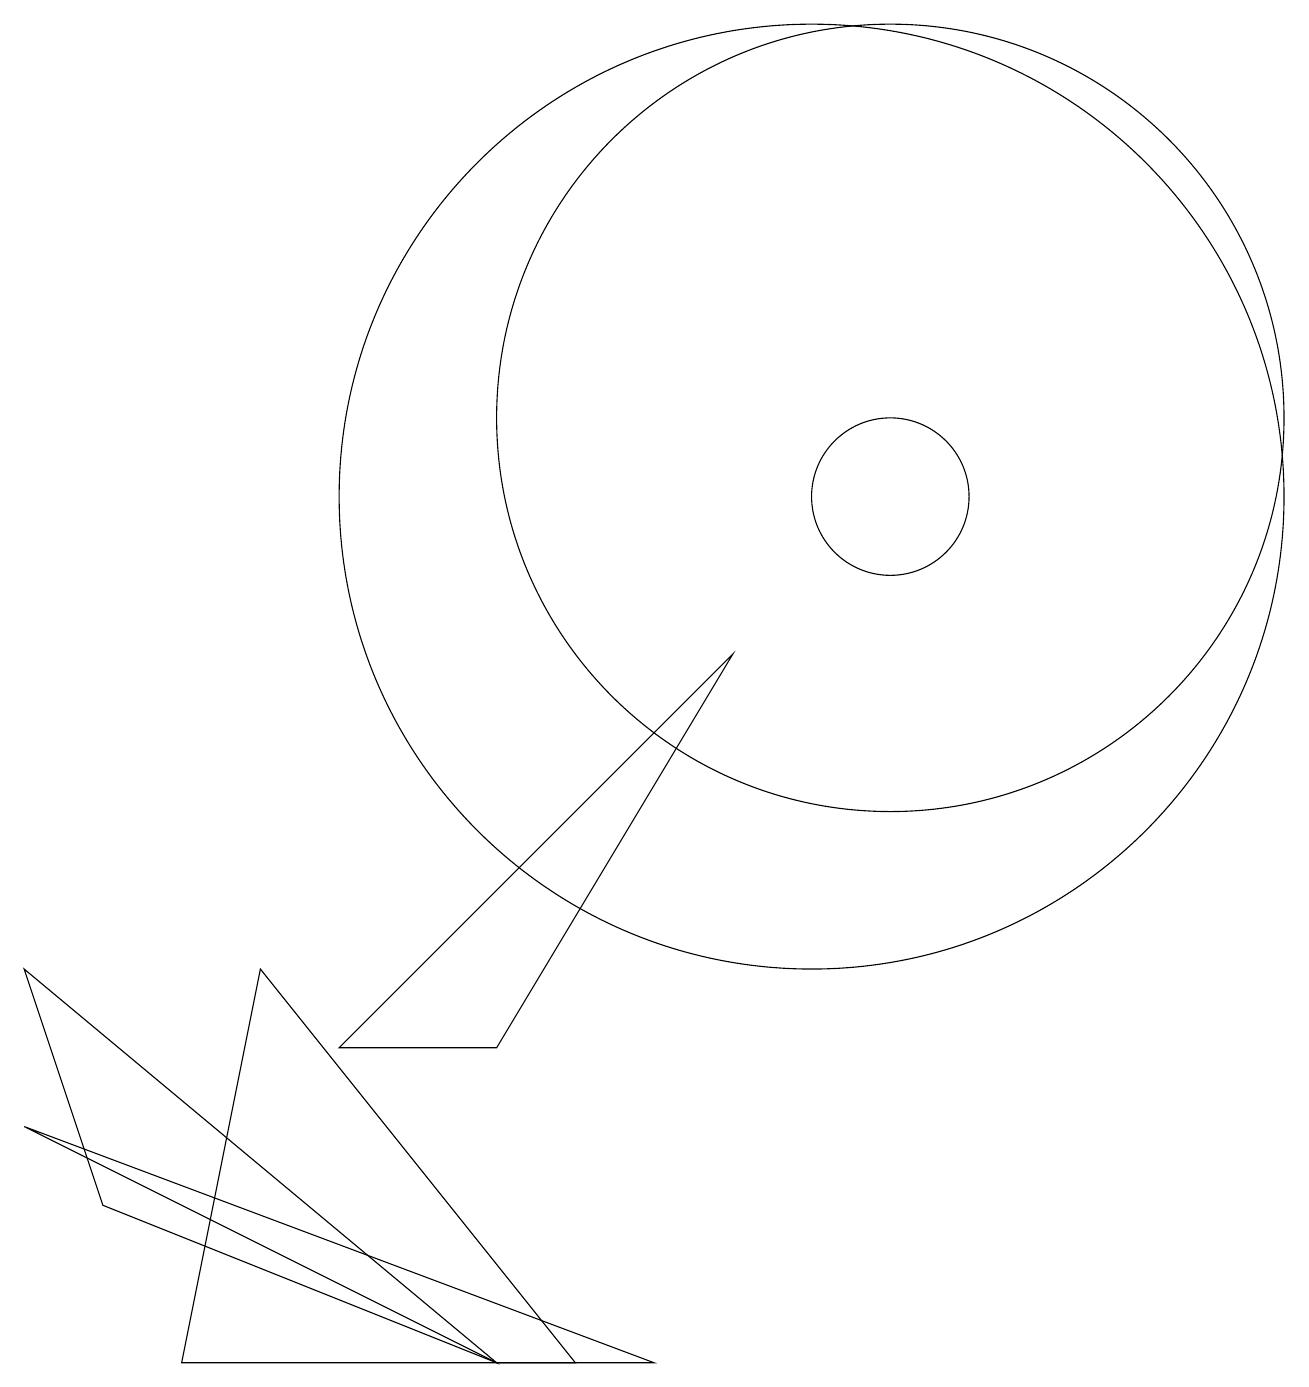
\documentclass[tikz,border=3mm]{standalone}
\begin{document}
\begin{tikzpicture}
\draw (11,12) circle (5);
\draw (0,5) -- (6,0) -- (1,2) -- cycle;
\draw (7,0) -- (3,5) -- (2,0) -- cycle;
\draw (4,4) -- (9,9) -- (6,4) -- cycle;
\draw (6,0) -- (8,0) -- (0,3) -- cycle;
\draw (11,11) circle (1);
\draw (10,11) circle (6);
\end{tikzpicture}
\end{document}